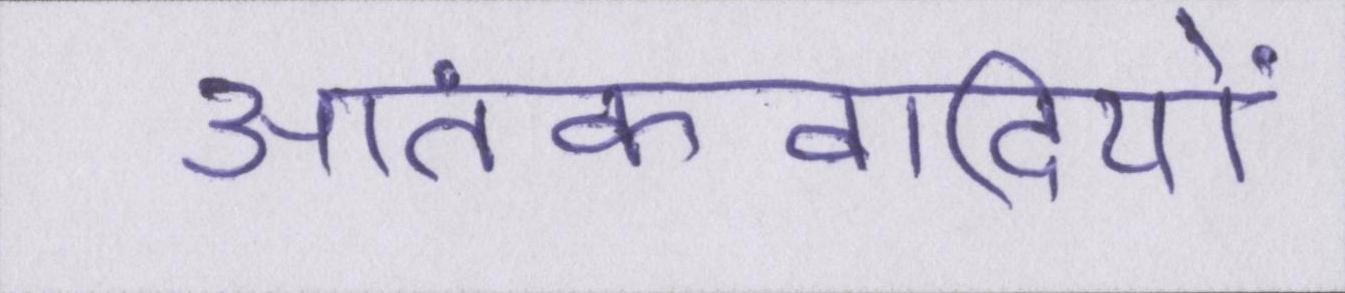
आतंकवादियों